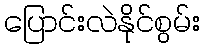
ပြောင်းလဲနိုင်စွမ်း